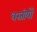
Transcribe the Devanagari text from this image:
धरतीयों